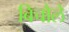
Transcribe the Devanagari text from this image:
बिचौले